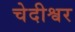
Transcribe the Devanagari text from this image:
चेदीश्वर